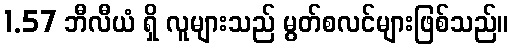
1.57 ဘီလီယံ ရှိ လူများသည် မွတ်စလင်များဖြစ်သည်။